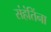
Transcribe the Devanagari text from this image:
संहंतिंना